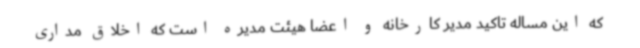
که این مساله تاکید مدیر کارخانه و اعضا هیئت مدیره است که اخلاق مداری